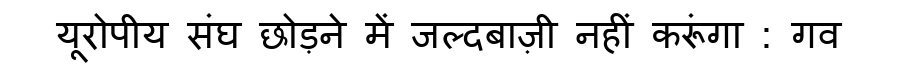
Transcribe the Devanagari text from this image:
यूरोपीय संघ छोड़ने में जल्दबाज़ी नहीं करूंगा : गव